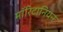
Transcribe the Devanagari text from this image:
मॉरिटानियन